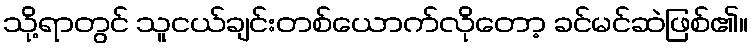
သို့ရာတွင် သူငယ်ချင်းတစ်ယောက်လိုတော့ ခင်မင်ဆဲဖြစ်၏။